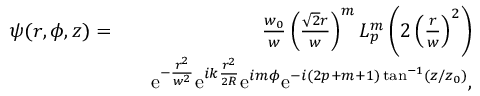
\begin{array} { r l r } { \psi ( r , \phi , z ) = } & { } & { \frac { w _ { 0 } } { w } \left( \frac { \sqrt { 2 } r } { w } \right) ^ { m } L _ { p } ^ { m } \left( 2 \left( \frac { r } { w } \right) ^ { 2 } \right) } \\ & { } & { \mathrm { e } ^ { - \frac { r ^ { 2 } } { w ^ { 2 } } } \mathrm { e } ^ { i k \frac { r ^ { 2 } } { 2 R } } \mathrm { e } ^ { i m \phi } \mathrm { e } ^ { - i ( 2 p + m + 1 ) \tan ^ { - 1 } ( z / z _ { 0 } ) } , } \end{array}